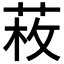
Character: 𦲲